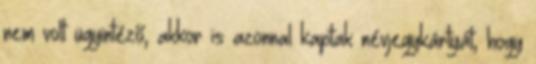
nem volt ügyintéző, akkor is azonnal kaptak névjegykártyát, hogy